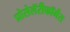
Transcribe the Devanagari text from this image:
प्रोसेलॅरीफॉर्मेस